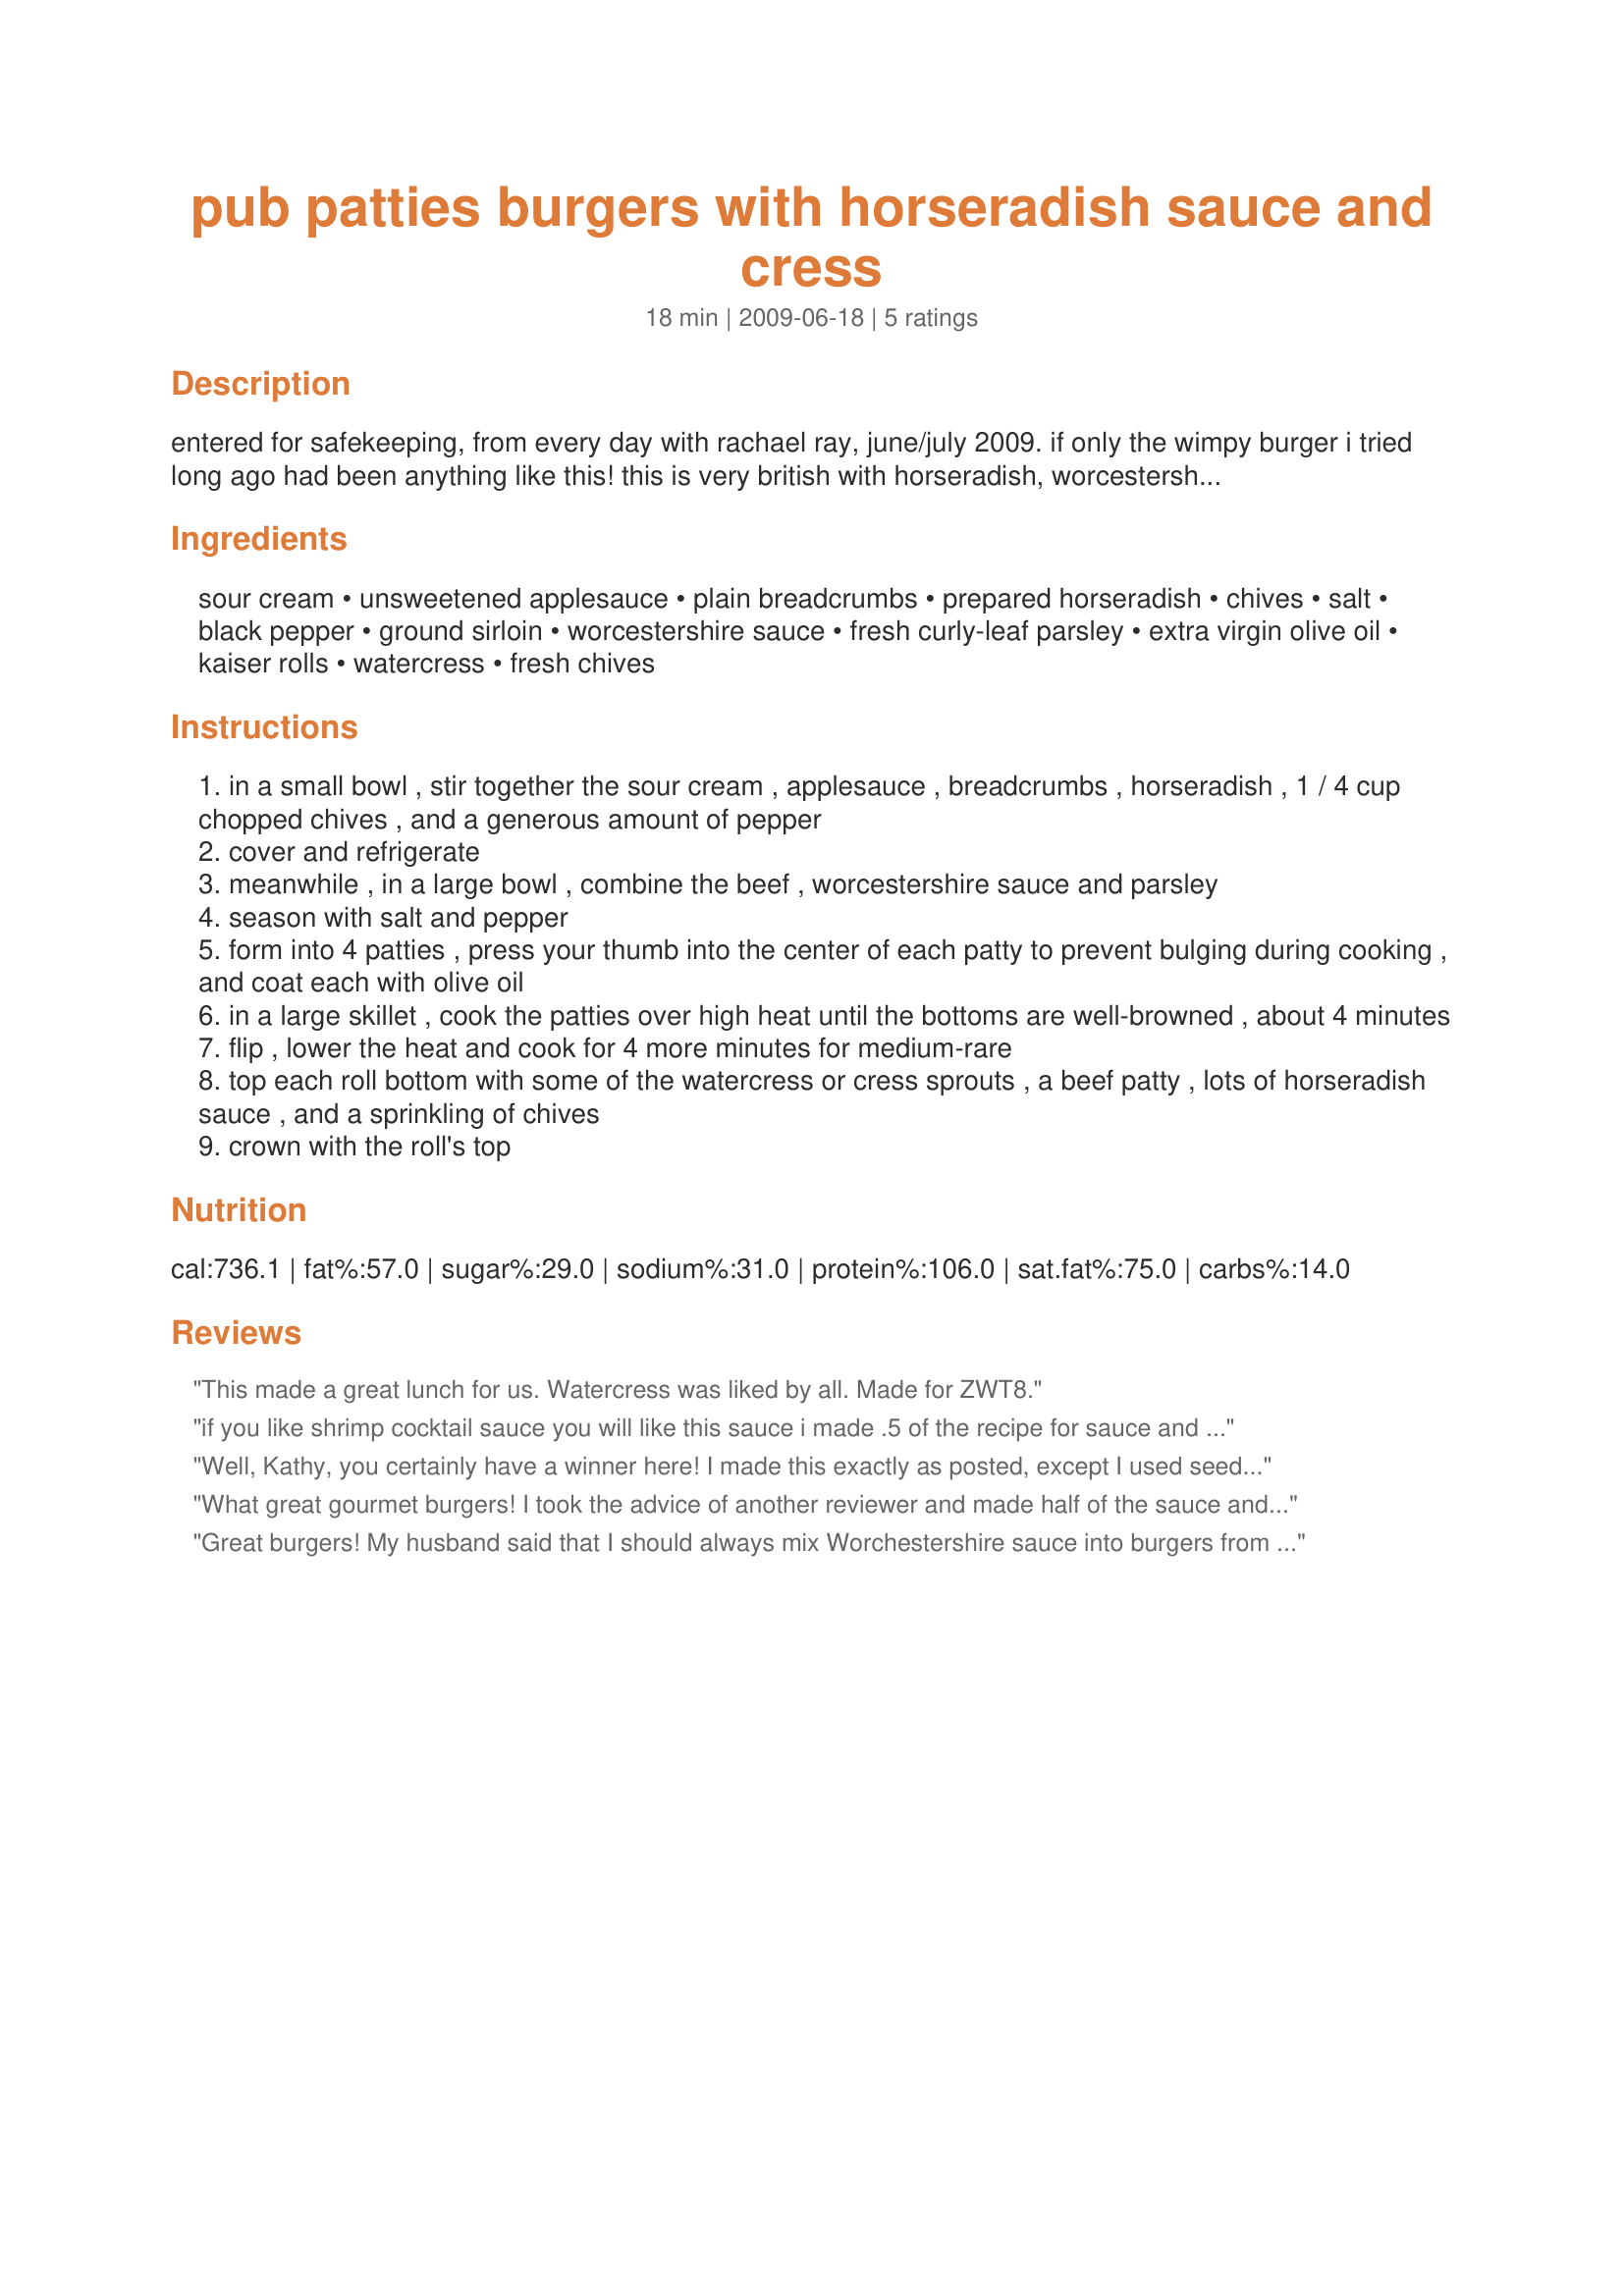
pub patties burgers with horseradish sauce and cress
Preparation time: 18 minutes

entered for safekeeping, from every day with rachael ray, june/july 2009. if only the wimpy burger i tried long ago had been anything like this! this is very british with horseradish, worcestershire sauce, and watercress (although the british prefer cress sprouts, which are tinier and have excellent flavor, but in the u.s. you'd be lucky to find watercress). personally, i love the bite of horseradish with my beef.

Ingredients:
sour cream, unsweetened applesauce, plain breadcrumbs, prepared horseradish, chives, salt, black pepper, ground sirloin, worcestershire sauce, fresh curly-leaf parsley, extra virgin olive oil, kaiser rolls, watercress, fresh chives

Steps:
in a small bowl , stir together the sour cream , applesauce , breadcrumbs , horseradish , 1 / 4 cup chopped chives , and a generous amount of pepper
cover and refrigerate
meanwhile , in a large bowl , combine the beef , worcestershire sauce and parsley
season with salt and pepper
form into 4 patties , press your thumb into the center of each patty to prevent bulging during cooking , and coat each with olive oil
in a large skillet , cook the patties over high heat until the bottoms are well-browned , about 4 minutes
flip , lower the heat and cook for 4 more minutes for medium-rare
top each roll bottom with some of the watercress or cress sprouts , a beef patty , lots of horseradish sauce , and a sprinkling of chives
crown with the roll's top

Reviews:
This made a great lunch for us. Watercress was liked by all. Made for ZWT8.
if you like shrimp cocktail sauce you will like this sauce i made .5 of the recipe for sauce and i still had alot great burgers . i used cheese and we just had plain old bread will be making the sauce again zaar world tour 8
Well, Kathy, you certainly have a winner here! I made this exactly as posted, except I used seeded onion rolls (personal preference) and added a slice of cheddar cheese (we are cheeseburger people, although this meat mixture is very flavorful). Be warned - the sauce makes a lot, and you could probably safely halve it. I cooked these burgers on the grill, and they came out perfect. Definitely will enjoy this again! Thanks for posting. Made for ZWT 8.
What great gourmet burgers! I took the advice of another reviewer and made half of the sauce and it was plenty. Couldn't find watercress so used arugula with good results. Cooked on the grill over charcoal and the meat was so flavorful and perfect with the horseradish sauce. Served on whole wheat buns and loved these - thanks for sharing the recipe! Made for ZWT8, Chefs gone WILD!
Great burgers! My husband said that I should always mix Worchestershire sauce into burgers from now on. It made for great flavor and juicy burgers. I halved the sauce and it was plenty for 4 people. I was able to find sprouted watercress, so included the watercress and watercress sprouts on the burgers. Yum. Made for ZWT8 Great Britain. Thank you!
